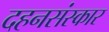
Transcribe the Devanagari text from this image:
दहनसंस्कार